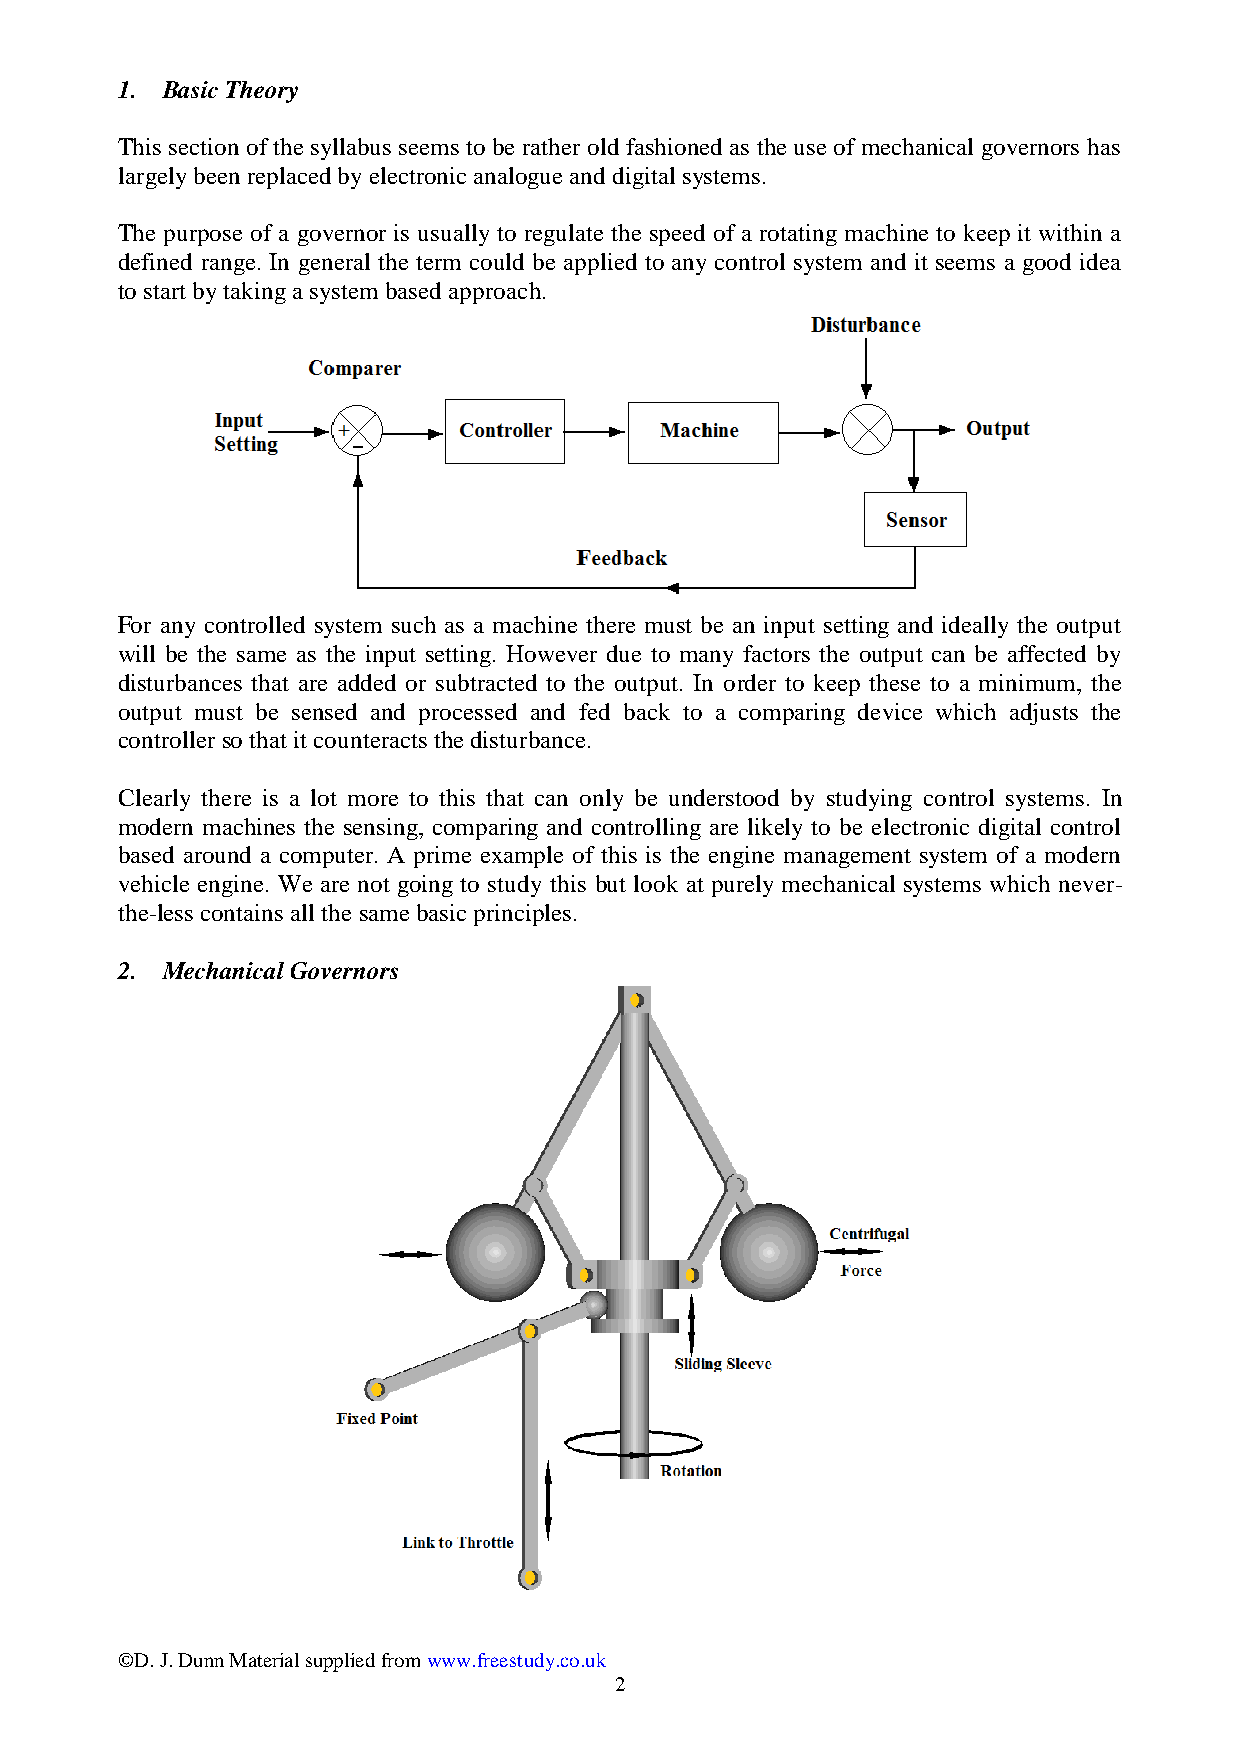
1. Basic Theory
 This section of the syllabus seems to be rather old fashioned as the use of mechanical governors has
 largely been replaced by electronic analogue and digital systems.
 The purpose of a governor is usually to regulate the speed of a rotating machine to keep it within a
 defined range. In general the term could be applied to any control system and it seems a good idea
 to start by taking a system based approach.
 For any controlled system such as a machine there must be an input setting and ideally the output
 will be the same as the input setting. However due to many factors the output can be affected by
 disturbances that are added or subtracted to the output. In order to keep these to a minimum, the
 output must be sensed and processed and fed back to a comparing device which adjusts the
 controller so that it counteracts the disturbance.
 Clearly there is a lot more to this that can only be understood by studying control systems. In
 modern machines the sensing, comparing and controlling are likely to be electronic digital control
 based around a computer. A prime example of this is the engine management system of a modern
 vehicle engine. We are not going to study this but look at purely mechanical systems which never-
 the-less contains all the same basic principles.
 2. Mechanical Governors
 ©D. J. Dunn Material supplied from www.freestudy.co.uk
 2